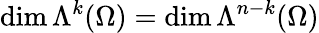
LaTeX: \dim\Lambda^{k}(\Omega)=\dim\Lambda^{n-k}(\Omega)